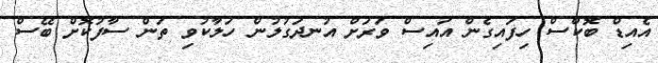
އެއިޑް ބޮކްސް ހިފައިގެން އައިސް ވަރަށް އުނދަގުލުން ހަލާކުވި ތަން ސާފުކޮށް ބޭސް